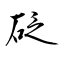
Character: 砭